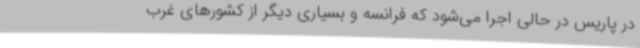
در پاریس در حالی اجرا می‌شود که فرانسه و بسیاری دیگر از کشورهای غرب